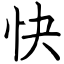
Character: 快